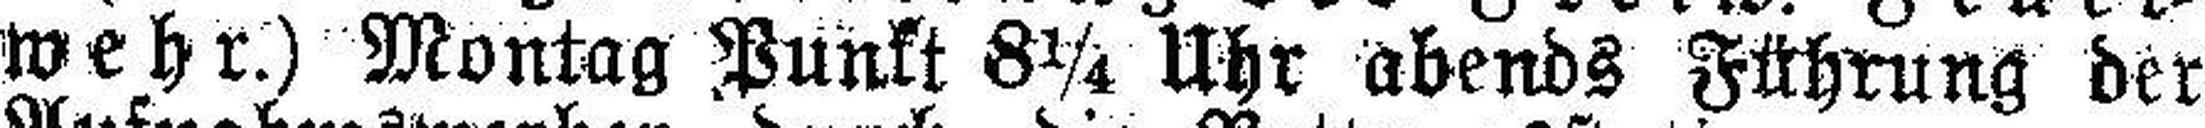
wehr.) Montag Punkt 8¼ Uhr abends Führung der